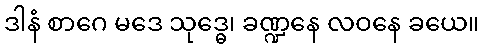
ဒါနံ စာဂေ မဒေ သုဒ္ဓေ၊ ခဏ္ဍနေ လဝနေ ခယေ။